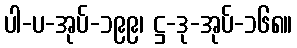
ပါ-ပ-အုပ်-၁၉၉၊ ဋ္ဌ-ဒု-အုပ်-၁၆၈။